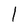
Character: 1